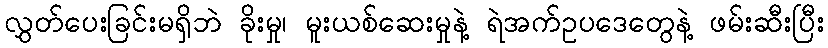
လွှတ်ပေးခြင်းမရှိဘဲ ခိုးမှု၊ မူးယစ်ဆေးမှုနဲ့ ရဲအက်ဥပဒေတွေနဲ့ ဖမ်းဆီးပြီး